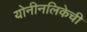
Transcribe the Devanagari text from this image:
योनीनलिकेची